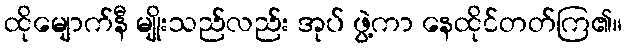
ထိုမျောက်နီ မျိုးသည်လည်း အုပ် ဖွဲ့ကာ နေထိုင်တတ်ကြ၏။